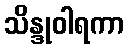
သိန္ဒုဝါရကာ